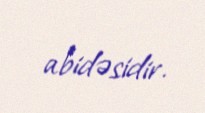
abidəsidir.